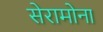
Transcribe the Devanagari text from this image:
सेरामोना